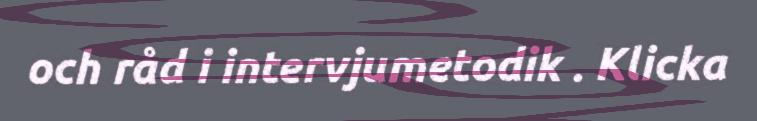
och råd i intervjumetodik . Klicka